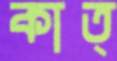
কাত্